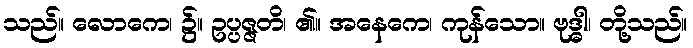
သည်။ လောကေ၊ ၌။ ဥပ္ပဇ္ဇတိ၊ ၏။ အနေကေ၊ ကုန်သော။ ဗုဒ္ဓါ၊ တို့သည်။